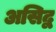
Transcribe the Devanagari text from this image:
असिद्व